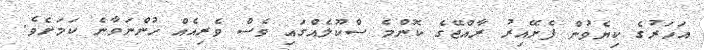
އަހަރުގެ ކިޔެވުން ފެށޭއިރު ރާއްޖޭގެ ކޮންމެ ސްކޫލެއްގައި ވެސް ވެރިއެއް ހުންނަވާނެ ކަމަށެވެ.